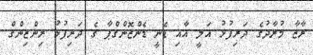
ރާޒާ މުރާދުގެ ދަރިފުޅު އަލީ އާއި ޑެނީ ޑެންޒޮންގްޕާ ގެ ދަރިފުޅު ރިންޒިންގް